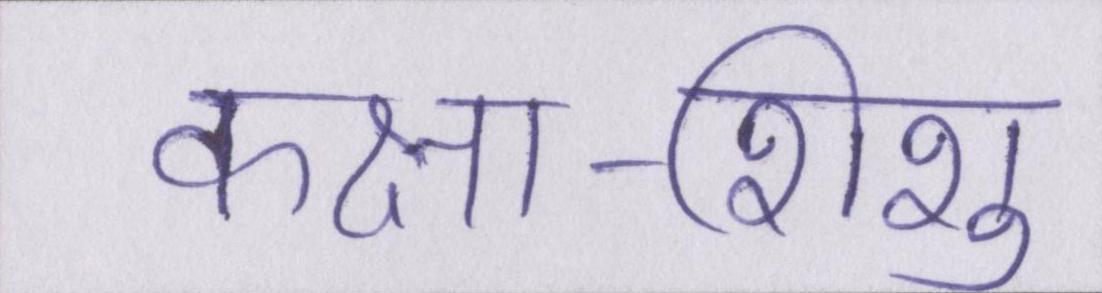
कक्षा-शिशु